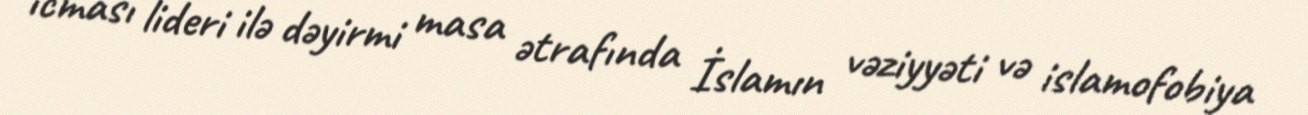
icması lideri ilə dəyirmi masa ətrafında İslamın vəziyyəti və islamofobiya